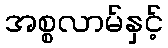
အစ္စလာမ်နှင့်